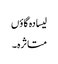
لیسادہ گاؤں
متاثرہ۔